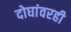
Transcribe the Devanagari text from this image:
दोघांवरही